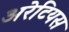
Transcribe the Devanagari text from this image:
अरेटियस